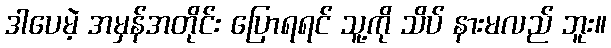
ဒါပေမဲ့ အမှန်အတိုင်း ပြောရရင် သူ့ကို သိပ် နားမလည် ဘူး။